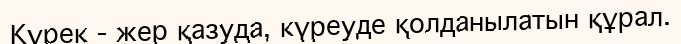
Күрек - жер қазуда, күреуде қолданылатын құрал.